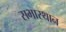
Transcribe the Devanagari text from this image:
सभास्थान